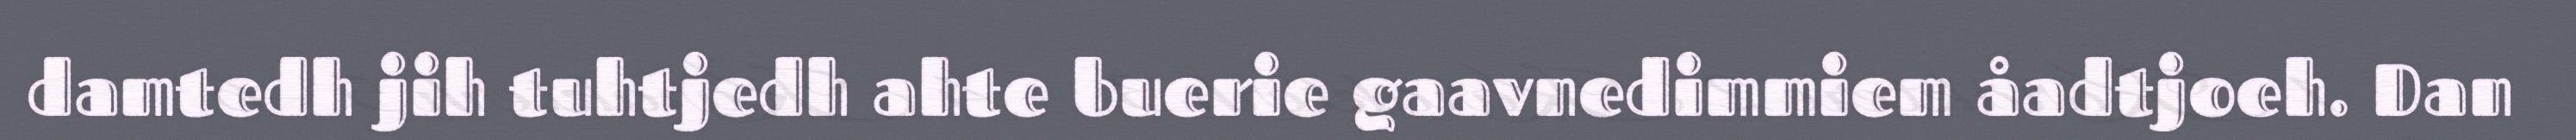
damtedh jih tuhtjedh ahte buerie gaavnedimmiem åadtjoeh. Dan